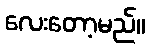
လေးတော့မည်။